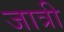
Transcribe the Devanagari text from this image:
जात्री